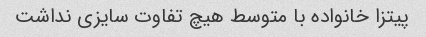
پیتزا خانواده با متوسط هیچ تفاوت سایزی نداشت